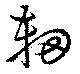
軔